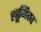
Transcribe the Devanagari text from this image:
स्त्रूमिका